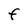
Character: F